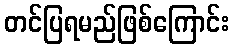
တင်ပြရမည်ဖြစ်ကြောင်း